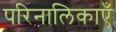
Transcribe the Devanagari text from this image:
परिनालिकाएँ